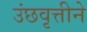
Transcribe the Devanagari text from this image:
उंछवृत्तीने